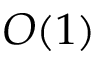
O ( 1 )